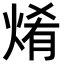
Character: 𤉶